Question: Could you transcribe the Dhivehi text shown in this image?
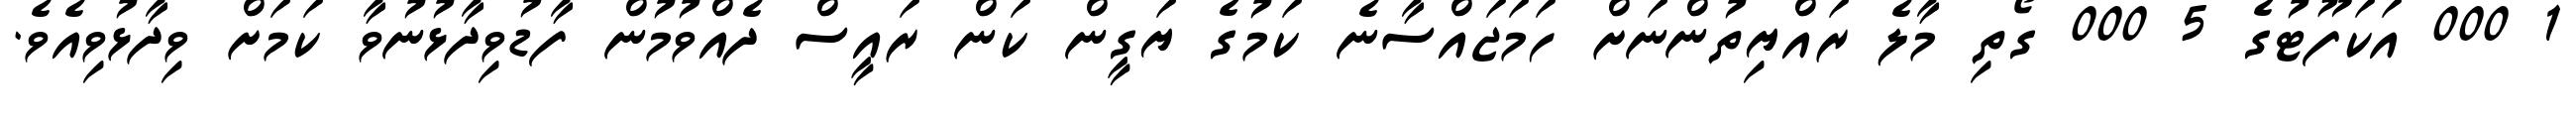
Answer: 1 000 އަކަފޫޓުގެ 5 000 ގޯތި މާލެ ރައްޔިތުންނަށް ހަމަޖައްސާނެ ކަމުގެ ޔަގީން ކަން ރައީސް ދެއްވުމުން ފާޑުވިދާޅުނުވާ ކަމަށް ވިދާޅުވިއެވެ.